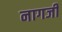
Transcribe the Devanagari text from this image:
नागर्जी